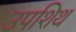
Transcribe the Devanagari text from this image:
उपशिथ